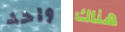
واحد هناك